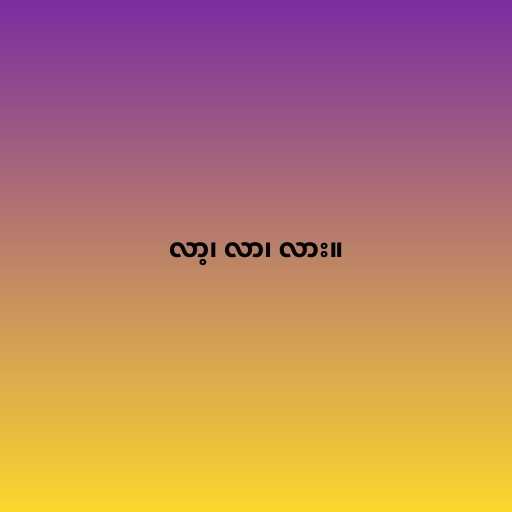
လာ့၊ လာ၊ လား။